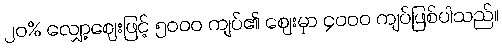
၂၀% လျှော့ဈေးဖြင့် ၅၀၀၀ ကျပ်၏ ဈေးမှာ ၄၀၀၀ ကျပ်ဖြစ်ပါသည်။